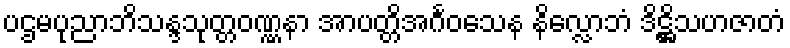
ပဌမပုညာဘိသန္ဒသုတ္တဝဏ္ဏနာ အာပတ္တိအင်္ဂဝသေန နိလ္လောဘံ ဒိဋ္ဌိသဟဇာတံ